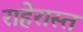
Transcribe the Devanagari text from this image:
राहेरास्त